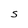
Character: S